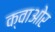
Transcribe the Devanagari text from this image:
क्वाओर